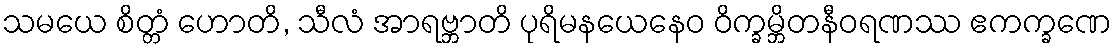
သမယေ စိတ္တံ ဟောတိ, သီလံ အာရဗ္ဘာတိ ပုရိမနယေနေဝ ဝိက္ခမ္ဘိတနီဝရဏဿ ဧကက္ခဏေ